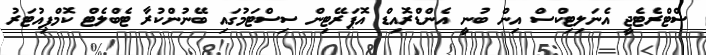
ސްޓްރެޓެޖީ އެނަލިޓިކްސް އިން ބުނީ އެންޑްރޮއިޑް އޮޕަރޭޓިން ސިސްޓަމުގައި ބޭނުންކުރާ ޓެބްލެޓް ކޮމްޕިއުޓަރު